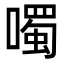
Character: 噣